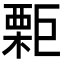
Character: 𣙬